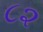
૮૨